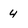
Character: 4